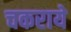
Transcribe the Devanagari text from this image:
चकराये